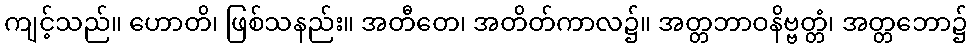
ကျင့်သည်။ ဟောတိ၊ ဖြစ်သနည်း။ အတီတေ၊ အတိတ်ကာလ၌။ အတ္တဘာဝနိဗ္ဗတ္တံ၊ အတ္တဘော၌